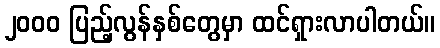
၂၀၀၀ ပြည့်လွန်နှစ်တွေမှာ ထင်ရှားလာပါတယ်။